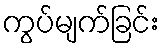
ကွပ်မျက်ခြင်း